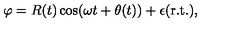
\varphi = R ( t ) \cos ( \omega t + \theta ( t ) ) + \epsilon ( \mathrm { r . t . } ) ,